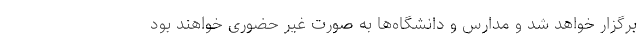
برگزار خواهد شد و مدارس و دانشگاه‌ها به صورت غیر حضوری خواهند بود